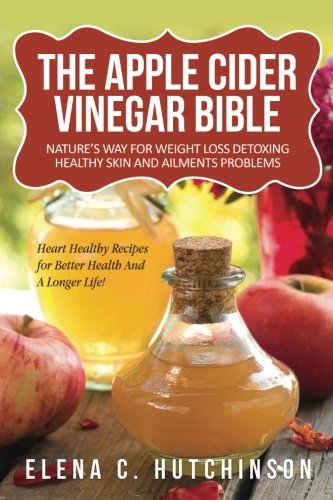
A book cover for The Apple Cider Vinegar Bible: Home Remedies, Treatments And Cures From Your Kitchen; Elena C Hutchinson; Health, Fitness & Dieting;